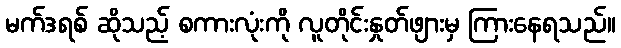
မက်ဒရစ် ဆိုသည့် စကားလုံးကို လူတိုင်းနှုတ်ဖျားမှ ကြားနေရသည်။